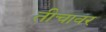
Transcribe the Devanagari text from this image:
तीचावर